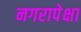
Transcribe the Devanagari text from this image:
नगरापेक्षा